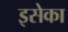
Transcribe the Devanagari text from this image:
इसेका